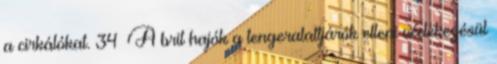
a cirkálókat. 34 A brit hajók a tengeralattjárók elleni védekezésül